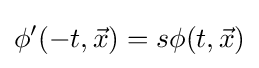
\phi ^{\prime }(-t,{\vec {x}})=s\phi (t,{\vec {x}})